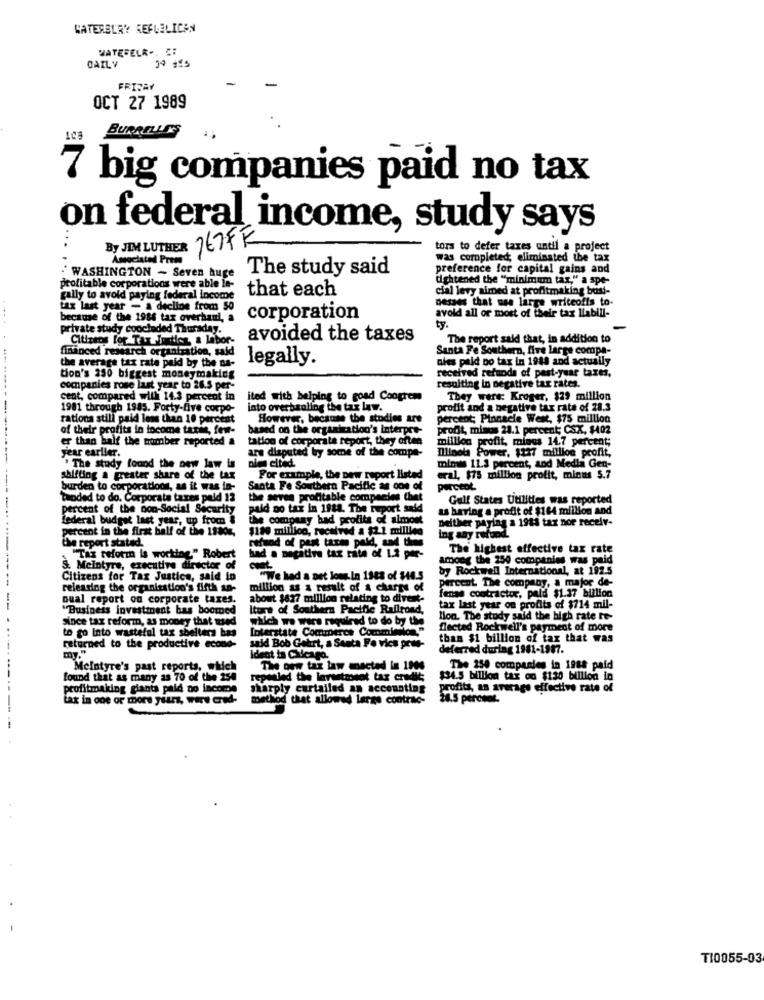
WATERBURY REFLELICAN
VATERELR -. C:
DAILY
FRIDAY
OCT 27 1989
BURRELLES
7 big companies paid no tax
on federal income, study says
By JIM LUTHER
767FF
tora to defer taxes until a project
Associated Press
Was completed; eliminated the tax
The study said
preference for capital gains and
WASHINGTON - Seven huge
tightened the "minimum tax," a spe-
profitable corporations were able le-
cial levy aimed at profitmaking basi-
gally to avoid paying federal income
that each
Desses that use large writeofis to.
tax last year - a decline from 50
because of the 1986 tax overhaul, a
corporation
avoid all or most of their tax liabill-
ty.
private study concluded Thursday.
Citizens for Tax Justice a labor-
avoided the taxes
The report said that, in addition to
financed research organization, said
Santa Fe Southern, five large compa-
the average tax rate paid by the na-
legally.
nies paid no tax in 1948 and actually
tion's 250 biggest moneymaking
received refunda of past-yuar taxes,
companies rose last year to 26.5 per-
resulting in negative tax rates.
cent, compared with 14.3 percent in
ited with helping to goad Congrem
They were: Kroger, $29 million
1981 through 1985. Forty-five corpo-
into overhauling the tax law.
profit and a negative tax rate of 28.3
rations still paid less than 10 percent
However, because the studies are
percent; Pinnacle West, $75 million
of their profits in income taxie, few-
based on the organization's interpre-
profit, minus 28.1 percent; CSX, $402
er than half the number reported &
tation of corporate report, they often
million profit, minces 14.7 percent;
are disputed by some of the compe-
Illinois Power, $127 million profit,
year earlier.
olen cited.
mines 11.3 percent, and Media Gen-
"The study found the new law is
shifting a greater share of the tax
For example, the pew report listed
eral, $75 million profit, minus 5.7
burden to corporations, as it was in-
Santa Fe Southern Pacific as cos of
percent
Taoded to do. Corporate tares paid 12
the seven profitable companies Chat
Gulf States Utilities was reported
----
percent of the non-Social Security
paid no tax in 1988. The report said
as having a profit of $164 million and
federal budget last year, up from &
the company had profits of almost
neither paying a 1911 tax nor receiv-
percent in the first half of the 19804.
$180 mililoo, received a $2.2 million
the report stated.
ing any refund
efund of past tures paid, and then
The highest effective tax rate
"Tax reform is working." Robert
had a negative tax rate of 1.2 per-
among the 250 companies was paid
S. Mcintyre, executive director of
by Rockwell International, at 192.5
Citizens for Tax Justice, said in
"We had a pet lous.In 1948 of $44.5
percent The company, a major de-
releasing the organization's fifth an-
million as a result of a charge of
oual report on corporate taxes.
about $627 million relating to divent-
fense contracter, paid $1.37 billion
"Business investment bas boomed
Iture of Southern Pacific Railroad,
tax last year on profits of $714 mil-
since tax reform, as money that used
which we wers required to do by the
Hon. The study said the high rate It-
to go Into wasteful tax shelters has
Interstate Commerce Commision."
flected Rockwell's payment of more
than $1 billion of tax that was
returned to the productive econo-
wid Bob Gebrt, a Santa Fe vics pros-
deferred during 1981-1987.
my."
Ident in Chicago.
Mcintyre's past reports, which
The new tax law enacted in 1906
The 150 companies in 1988 paid
found that as many as 70 of the 250
repealed the larastronot tax credit;
$34.5 billion tax on $130 billion in
profitmaking giants paid no income
sharply curtailed an accounting
profits, an average effective rate of
Lax in one or more years, wire cred-
method that allowed large contrac-
28.5 percone.
T10055-03